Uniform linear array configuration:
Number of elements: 64
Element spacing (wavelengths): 0.25
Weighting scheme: cosine
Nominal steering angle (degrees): -15
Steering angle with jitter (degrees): -14.453
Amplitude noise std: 0.05
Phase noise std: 0.05

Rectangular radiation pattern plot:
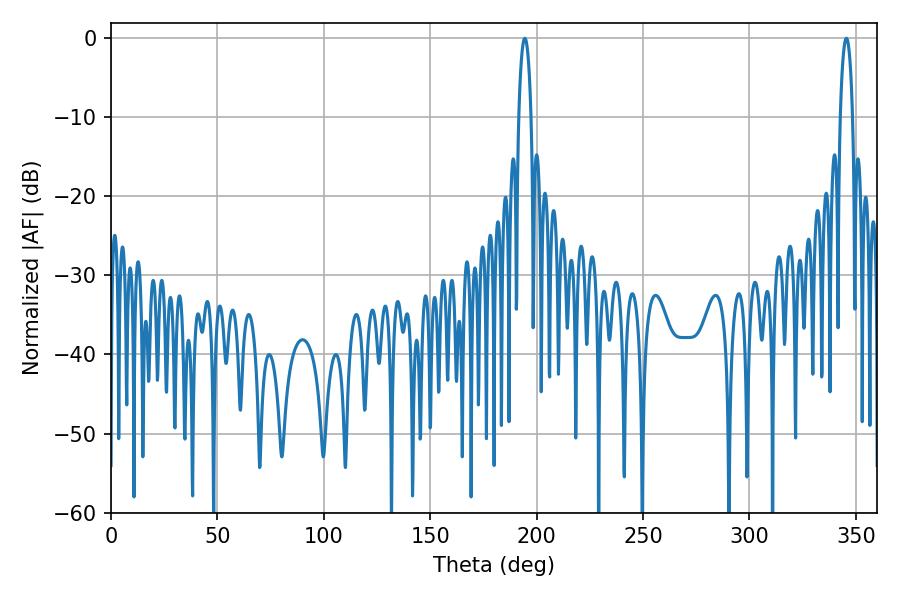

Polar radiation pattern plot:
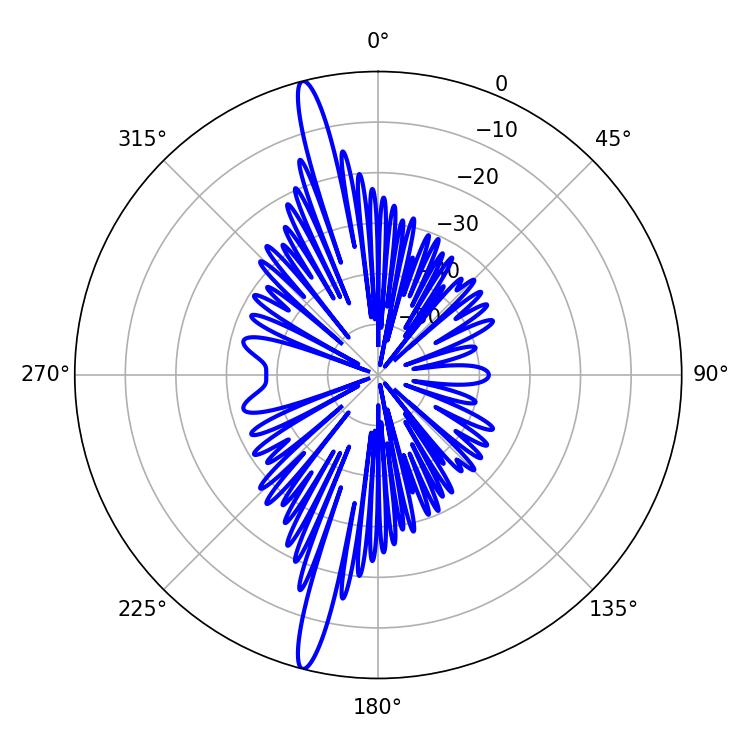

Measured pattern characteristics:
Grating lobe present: FALSE
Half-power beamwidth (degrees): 3.24
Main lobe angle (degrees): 194.4